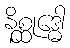
နိစ္ဆုဒ္ဓေါ